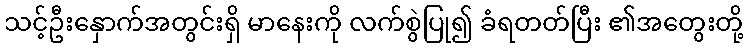
သင့်ဦးနှောက်အတွင်းရှိ မာနေးကို လက်စွဲပြု၍ ခံရတတ်ပြီး ၏အတွေးတို့